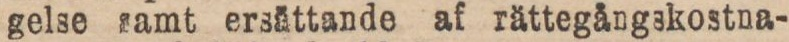
gelse samt ersättande af rättegångskostna-